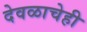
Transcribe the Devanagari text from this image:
देवळाचेही